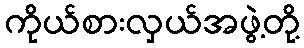
ကိုယ်စားလှယ်အဖွဲ့တို့